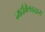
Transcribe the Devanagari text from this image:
न्मदक्लिन्नद्वारो